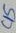
Text: C15